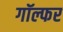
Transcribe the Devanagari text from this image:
गॉल्फर